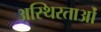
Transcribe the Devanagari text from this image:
अस्थिरताओं